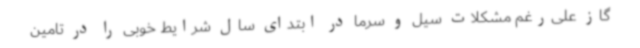
گاز علی‌رغم مشکلات سیل و سرما در ابتدای سال شرایط خوبی را در تامین